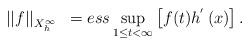
LaTeX: \begin{align*}\begin{array}{cc}\left\vert \left\vert f\right\vert \right\vert _{X_{h}^{\infty }} & =ess\sup\limits_{1\leq t<\infty }\left[ f(t)h^{^{\prime }}\left( x\right) \right] .\end{array}\end{align*}